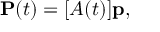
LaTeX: \mathbf { P } ( t ) = [ A ( t ) ] \mathbf { p } ,